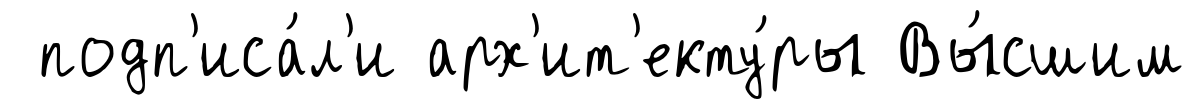
подп'иса́л'и арх'ит'екту́ры Вы́сшим